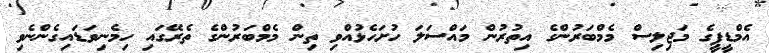
އެމްޑީޕީގެ މަޖިލިސް މެމްބަރުންގެ އިތުރުން މައްސަލަ ހުށަހެޅުއްވި ތިން މެމްބަރުންގެ ތެރޭގައި ހިމެނިވަޑައިގެންނެވި